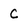
Character: C